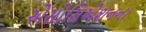
એસોસિએશનના